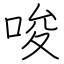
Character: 唆